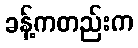
ခန့်ကတည်းက